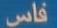
قاس